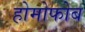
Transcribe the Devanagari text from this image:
होमोफोब